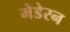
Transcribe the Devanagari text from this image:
मेडेरन